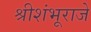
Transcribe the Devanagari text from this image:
श्रीशंभूराजे